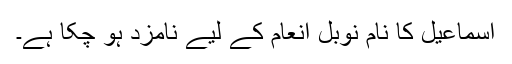
اسماعیل کا نام نوبل انعام کے لیے نامزد ہو چکا ہے۔